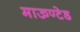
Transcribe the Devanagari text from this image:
माऊण्टेड